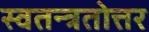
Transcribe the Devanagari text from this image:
स्वतन्त्रतोत्तर